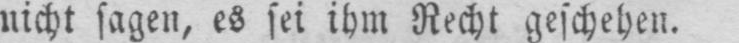
nicht sagen, es sei ihm Recht geschehen.